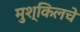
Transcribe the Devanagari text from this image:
मुश्किलचे